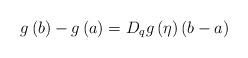
LaTeX: \begin{align*}g\left( {b} \right) - g\left( a \right) = D_q g\left(\eta \right)\left( {b - a} \right)\end{align*}